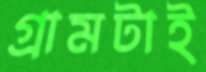
গ্রামটাই